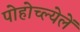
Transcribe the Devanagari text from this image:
पोहोच्ल्येलें